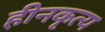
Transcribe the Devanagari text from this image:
हीनकृत्य